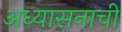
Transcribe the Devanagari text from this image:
अध्यासनाची